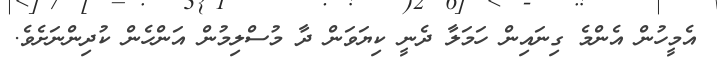
އެމީހުން އެންމެ ގިނައިން ހަމަލާ ދެނީ ކިޔަވަން ދާ މުސްލިމުން އަންހެން ކުދިންނަށެވެ.